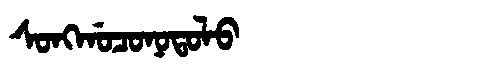
Manchu: ᠰᠣᠩᡤᠣᠴᠣᠨᠣᡨᠣᠯᠣ
Romanization: SONGGOCONOTOLO